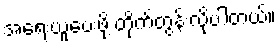
အရေးယူပေးဖို့ တိုက်တွန်းလိုပါတယ်။